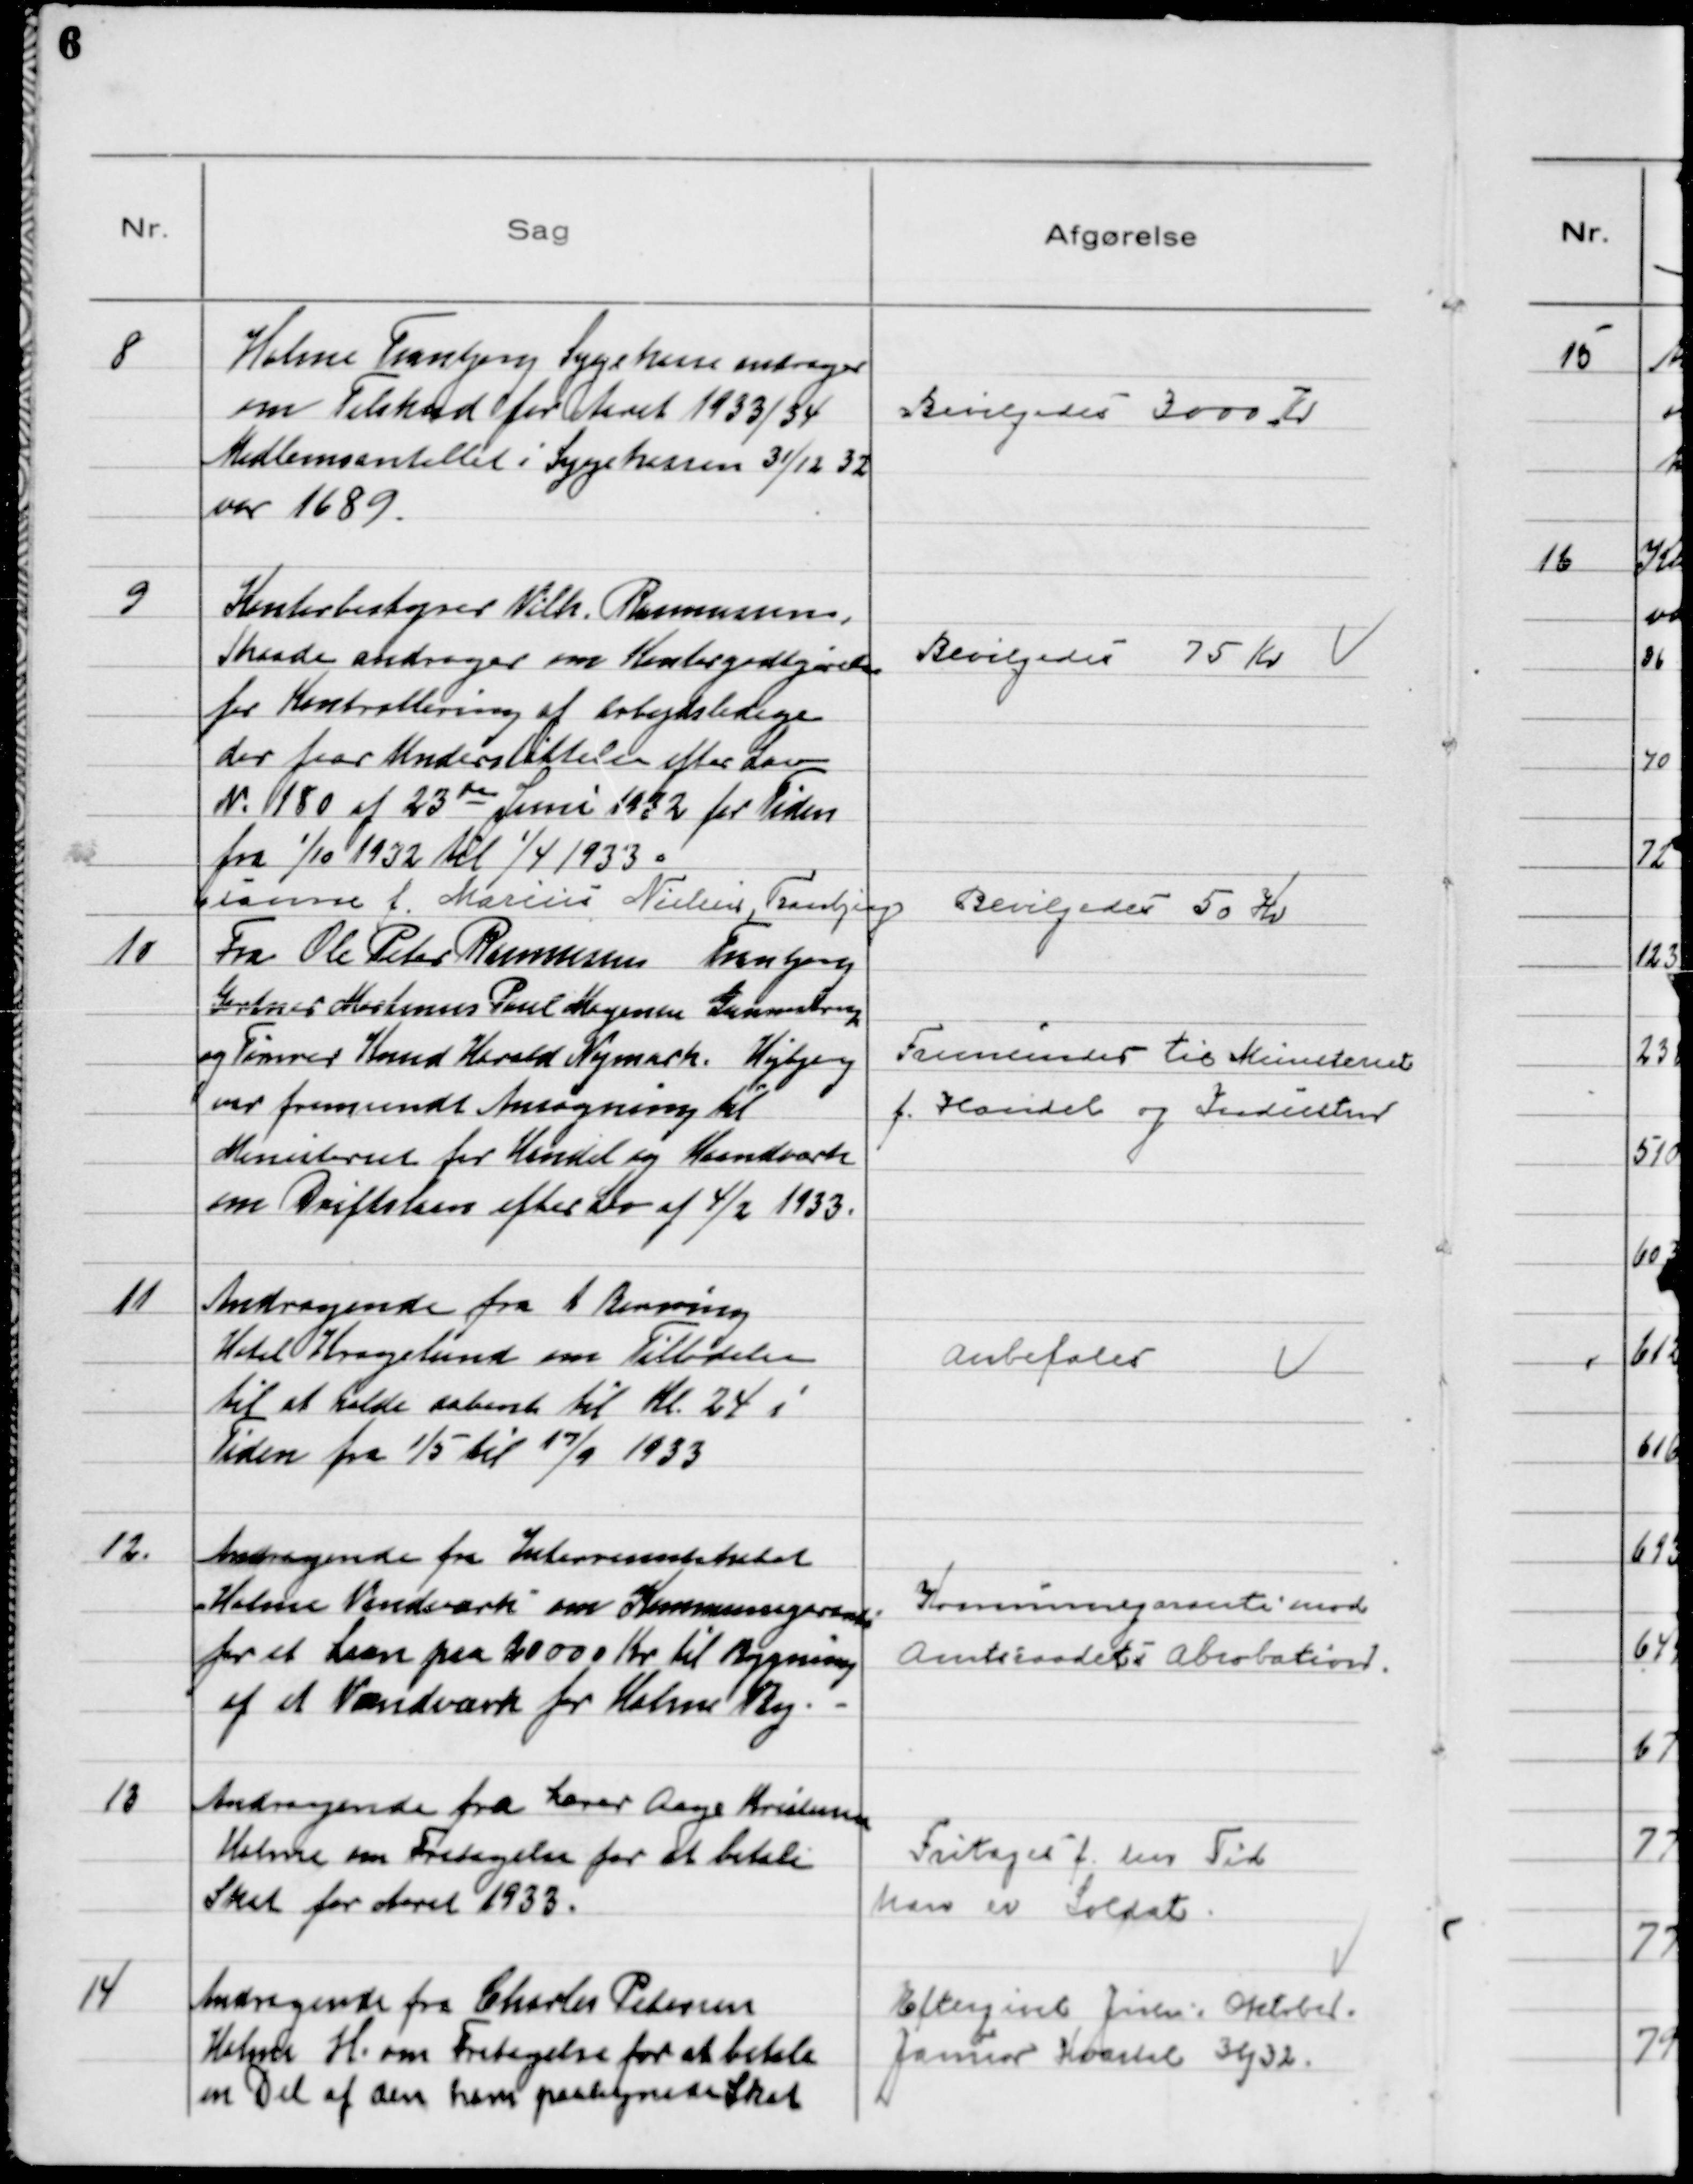
Transskription:
8
Holme Tranbjerg Sygekasse andrager
om Tilskud for Aaret 1933/34
Medlemstallet i Sygekassen 31/12 32
var 1689.

Bevilgedes 3000 Kr

9
Kontorbestyrer Vilh. Rasmussen,
Skaade andrager om Kontorgodtgørelse
for Kontrollering af Arbejdsledige
der faar Understøttelse efter Lov
№ 180 af 23de Juni 1932 for Tiden
fra 1/10 1932 til 1/4 1933.

Bevilgedes 75 Kr

samme f. Marius Nielsen, Tranbjerg

Bevilgedes 50 Kr

10
Fra Ole Peter Rasmussen Tranbjerg
Gartner Martinus Poul Mogensen, Gunnestrup
og Tømrer Knud Harald Nymark Højbjerg
var fremsendt Ansøgning til
Ministeriet for Handel og Haandværk
om Driftslaan efter Lov af 4/2 1933.

Fremsendes til Ministeriet
f. Handel og Industri

11
Andragende fra A Borring
Hotel Kragelund om Tilladelse
til at holde aabent til Kl. 24 i
Tiden fra 1/5 til 17/9 1933

Anbefales

12.
Andragende fra Interressentskabet
Holme Vandværk om Kommunegaranti
for et Laan paa 20000 Kr til Bygning
af et Vandværk for Holme By.

Kommunegaranti mod
Amtsraadets Abrobation.

13
Andragende fra Lærer Aage Kristensen
Holme om Fritagelse for at betale
Skat for Aaret 1933.

Fritaget f. den Tid
han er Soldat

14
Andragende fra Charles Petersen
Holme H. om Fritagelse for at betale
en Del af den ham paalignede Skat

Eftergivet Juli. Oktober.
Januar Kvartal 31/32.